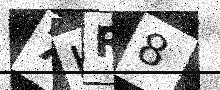
Text: 7HR8